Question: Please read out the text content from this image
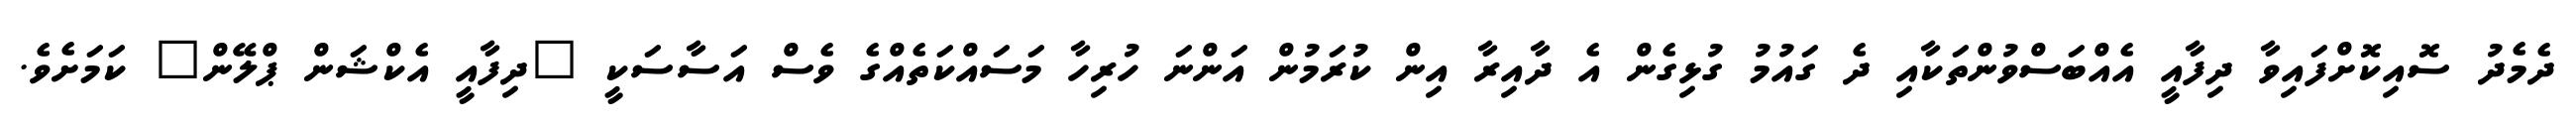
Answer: ދެމެދު ސޮއިކޮށްފައިވާ ދިފާއީ އެއްބަސްވުންތަކާއި ދެ ގައުމު ގުޅިގެން އެ ދާއިރާ އިން ކުރަމުން އަންނަ ހުރިހާ މަސައްކަތެއްގެ ވެސް އަސާސަކީ "ދިފާއީ އެކްޝަން ޕްލޭން" ކަމަށެވެ.